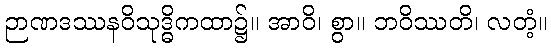
ဉာဏဒဿနဝိသုဒ္ဓိကထာ၌။ အာဝိ၊ စွာ။ ဘဝိဿတိ၊ လတံ့။